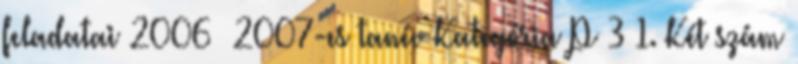
feladatai 2006 2007-es tanév Kategória P 3 1. Két szám